Senior Leaving Certificate Examination (including Day School Certificate (Higher) General paper), 1946
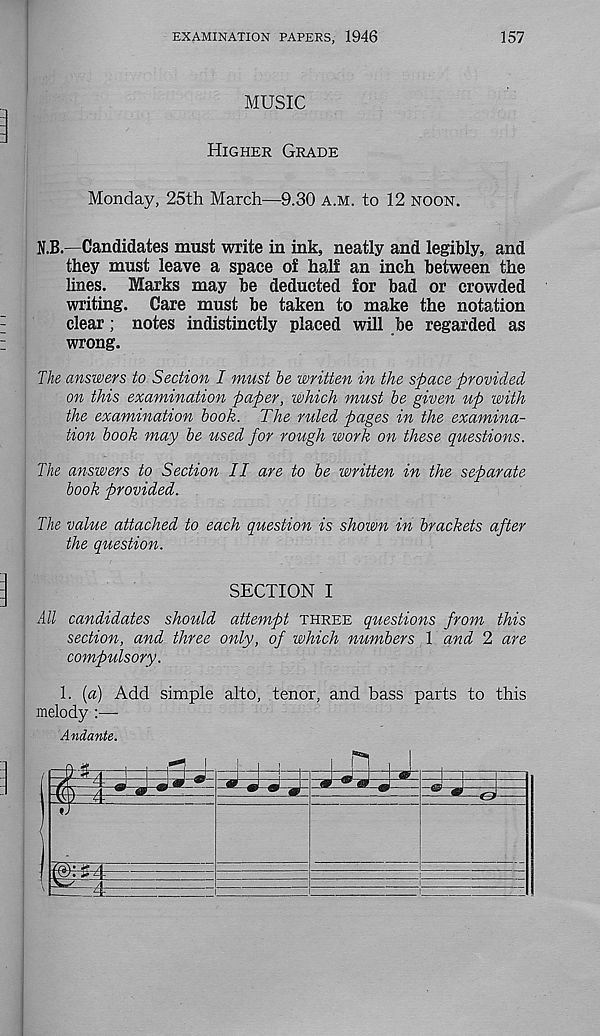
EXAMINATION PAPERS, 1946
157
MUSIC
Higher Grade
Monday, 25th March—9.30 a.m. to 12 noon.
N.B.—Candidates must write in ink, neatly and legibly, and
they must leave a space of half an inch between the
lines. Marks may be deducted for bad or crowded
writing. Care must be taken to make the notation
clear; notes indistinctly placed will be regarded as
wrong.
The answers to Section I must be written in the space provided
on this examination paper, which must be given up with
the examination book. The ruled pages in the examina-
tion book may be used for rough work on these questions.
The answers to Section II are to be written in the separate
book provided.
The value attached to each question is shown in brackets after
the question.
SECTION I
All candidates should attempt three questions from this
section, and three only, of which numbers 1 and 2 are
compulsory.
1. (a) Add simple alto, tenor, and bass parts to this
melody :—
Andante.